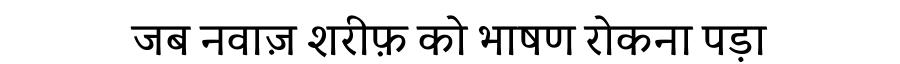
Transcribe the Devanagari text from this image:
जब नवाज़ शरीफ़ को भाषण रोकना पड़ा